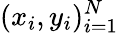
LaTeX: (x_{i},y_{i})_{i=1}^{N}